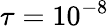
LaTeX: \tau=10^{-8}